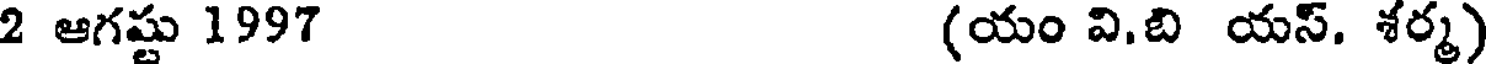
2 ఆగష్టు 1997 (యం వి.బి యస్. శర్మ)